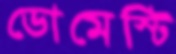
ডোমেস্টি